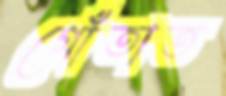
গোঁতাত